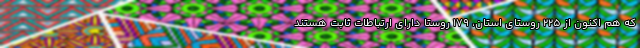
که هم اکنون از ۲۲۵ روستای استان، ۱۷۹ روستا دارای ارتباطات ثابت هستند